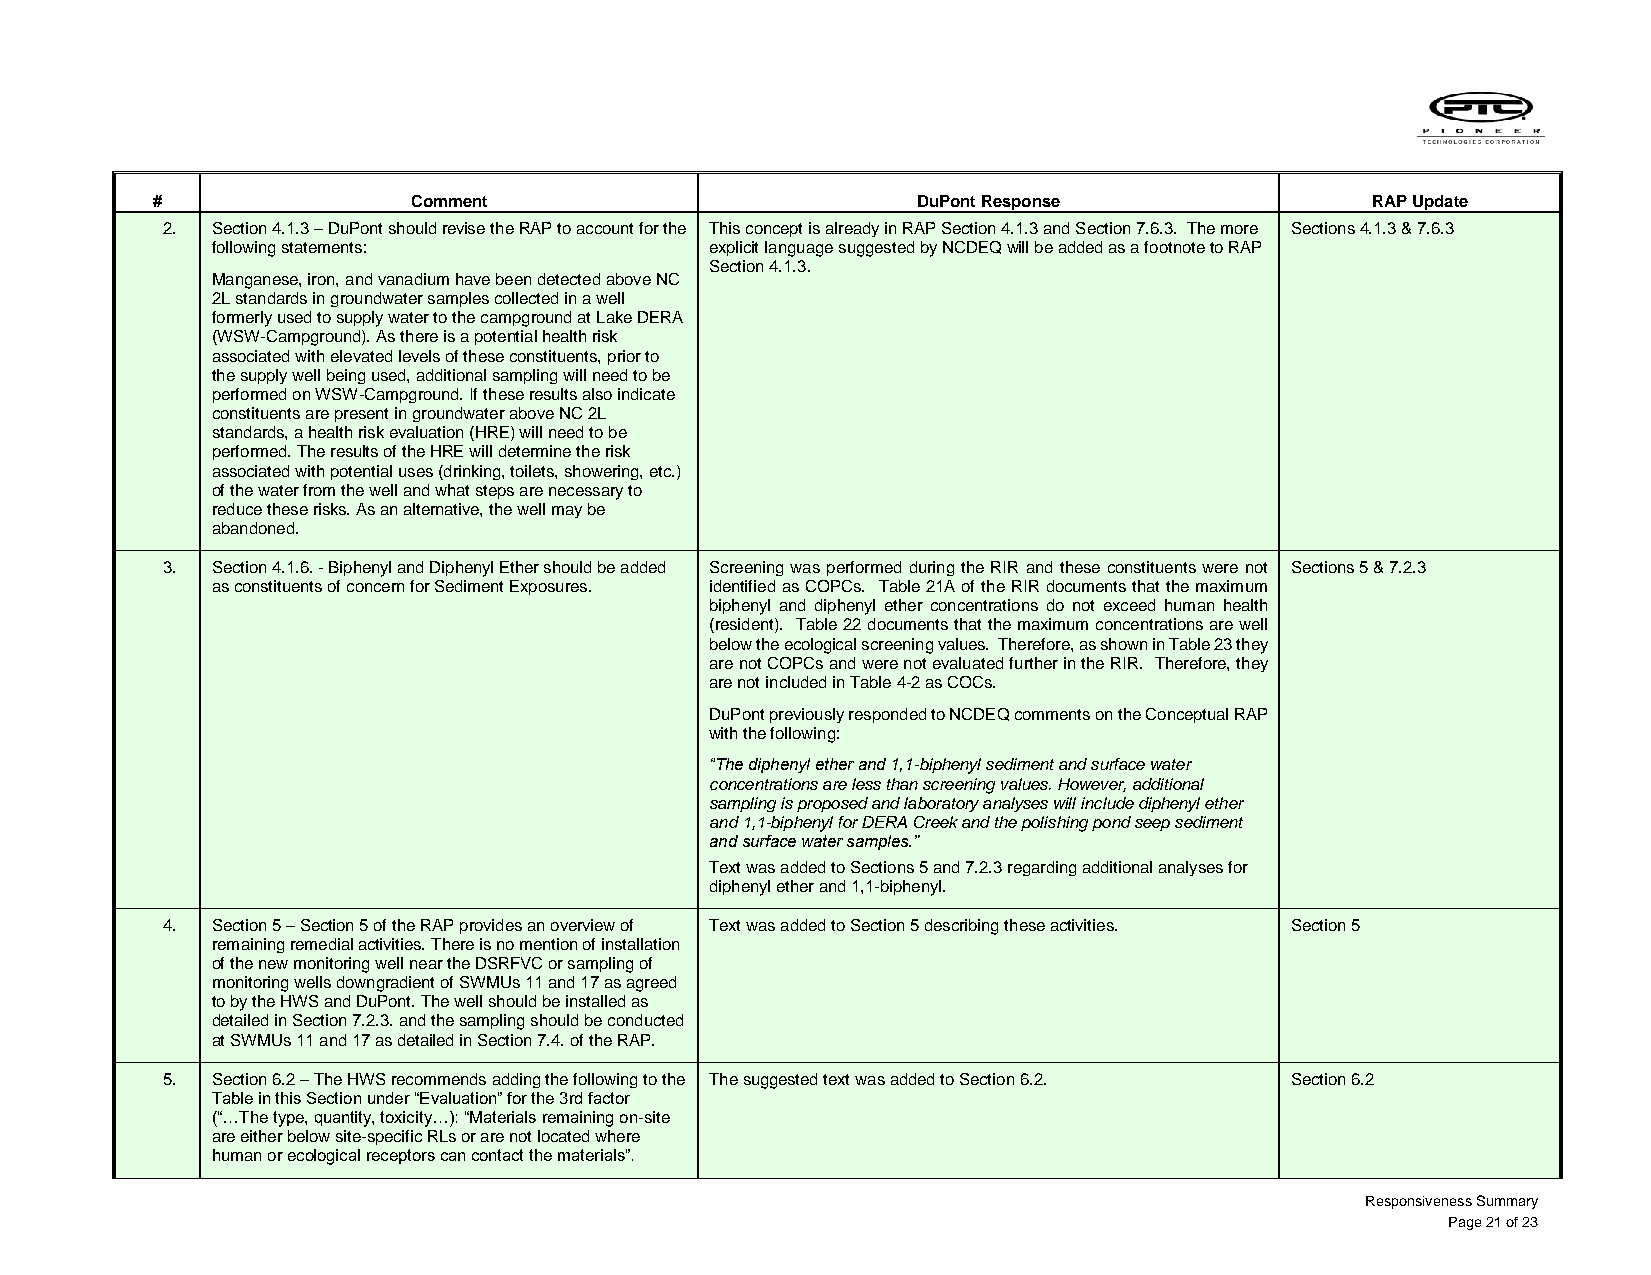
#                Comment                           DuPont Response               RAP Update
 2. Section 4.1.3 – DuPont should revise the RAP to account for the This concept is already in RAP Section 4.1.3 and Section 7.6.3. The more Sections 4.1.3 & 7.6.3
 following statements:            explicit language suggested by NCDEQ will be added as a footnote to RAP
 Section 4.1.3.
 Manganese, iron, and vanadium have been detected above NC
 2L standards in groundwater samples collected in a well
 formerly used to supply water to the campground at Lake DERA
 (WSW-Campground). As there is a potential health risk
 associated with elevated levels of these constituents, prior to
 the supply well being used, additional sampling will need to be
 performed on WSW-Campground. If these results also indicate
 constituents are present in groundwater above NC 2L
 standards, a health risk evaluation (HRE) will need to be
 performed. The results of the HRE will determine the risk
 associated with potential uses (drinking, toilets, showering, etc.)
 of the water from the well and what steps are necessary to
 reduce these risks. As an alternative, the well may be
 abandoned.
 3. Section 4.1.6. - Biphenyl and Diphenyl Ether should be added Screening was performed during the RIR and these constituents were not Sections 5 & 7.2.3
 as constituents of concern for Sediment Exposures. identified as COPCs. Table 21A of the RIR documents that the maximum
 biphenyl and diphenyl ether concentrations do not exceed human health
 (resident). Table 22 documents that the maximum concentrations are well
 below the ecological screening values. Therefore, as shown in Table 23 they
 are not COPCs and were not evaluated further in the RIR. Therefore, they
 are not included in Table 4-2 as COCs.
 DuPont previously responded to NCDEQ comments on the Conceptual RAP
 with the following:
 “The diphenyl ether and 1,1-biphenyl sediment and surface water
 concentrations are less than screening values. However, additional
 sampling is proposed and laboratory analyses will include diphenyl ether
 and 1,1-biphenyl for DERA Creek and the polishing pond seep sediment
 and surface water samples.”
 Text was added to Sections 5 and 7.2.3 regarding additional analyses for
 diphenyl ether and 1,1-biphenyl.
 4. Section 5 – Section 5 of the RAP provides an overview of Text was added to Section 5 describing these activities. Section 5
 remaining remedial activities. There is no mention of installation
 of the new monitoring well near the DSRFVC or sampling of
 monitoring wells downgradient of SWMUs 11 and 17 as agreed
 to by the HWS and DuPont. The well should be installed as
 detailed in Section 7.2.3. and the sampling should be conducted
 at SWMUs 11 and 17 as detailed in Section 7.4. of the RAP.
 5. Section 6.2 – The HWS recommends adding the following to the The suggested text was added to Section 6.2. Section 6.2
 Table in this Section under “Evaluation” for the 3rd factor
 (“…The type, quantity, toxicity…): “Materials remaining on-site
 are either below site-specific RLs or are not located where
 human or ecological receptors can contact the materials”.
 Responsiveness Summary
 Page 21 of 23